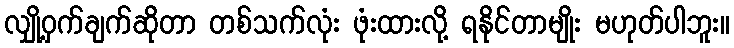
လျှို့ဝှက်ချက်ဆိုတာ တစ်သက်လုံး ဖုံးထားလို့ ရနိုင်တာမျိုး မဟုတ်ပါဘူး။